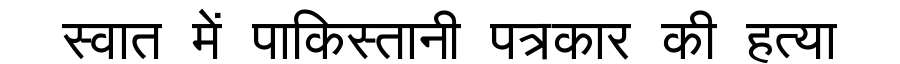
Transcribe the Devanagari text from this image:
स्वात में पाकिस्तानी पत्रकार की हत्या